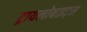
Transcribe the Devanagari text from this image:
ट्रायलोबाइट्स